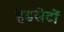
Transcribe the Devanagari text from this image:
हेडसेटों